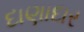
દાણાદાર